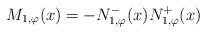
LaTeX: \begin{align*}M_{1,\varphi}(x) = - N_{1,\varphi}^{-}(x) N_{1,\varphi}^{+}(x)\end{align*}